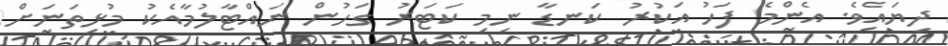
ދިޔައެވެ. އެންމެ ފަހު އަކުރު ކަނޑާ ނިމި ކަޓަރު ގަހުން ނައްޓާލުމާއެކު މުޅިތަނަށް